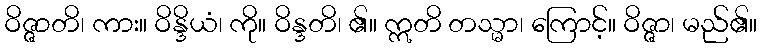
ဝိဇ္ဇာတိ၊ ကား။ ဝိန္ဒိယံ၊ ကို။ ဝိန္ဒတိ၊ ၏။ ဣတိ တသ္မာ၊ ကြောင့်။ ဝိဇ္ဇာ၊ မည်၏။